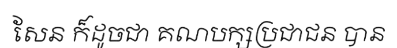
សែន ក៏ដូចជា គណបក្សប្រជាជន បាន